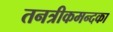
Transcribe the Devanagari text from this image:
तनत्रीकमन्दका